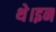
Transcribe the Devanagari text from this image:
थे।इन